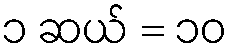
၁ ဆယ် = ၁၀